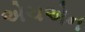
એચએન